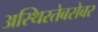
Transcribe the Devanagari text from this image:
अस्थिरतेबरोबर